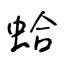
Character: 蛤